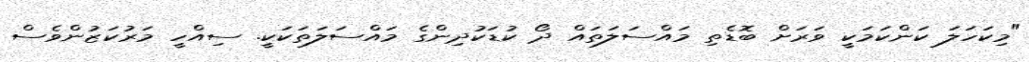
"މިކަހަލަ ކަންކަމަކީ ވަރަށް ބޮޑެތި މައްސަލަތައް ދޯ ކުޑަކުދިންގެ މައްސަލަތަކަކީ. ސިއްހީ މަރުކަޒުންވެސް